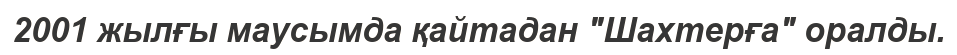
2001 жылғы маусымда қайтадан "Шахтерға" оралды.